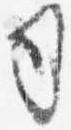
司